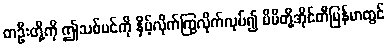
တဦးတို့ကို ဤသစ်ပင်ကို နှိမ့်လိုက်ကြွလိုက်လုပ်၍ မိမိတို့အိုင်တီမြန်မာတွင်